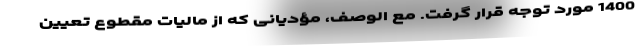
1400 مورد توجه قرار گرفت. مع الوصف، مؤدیانی که از مالیات مقطوع تعیین